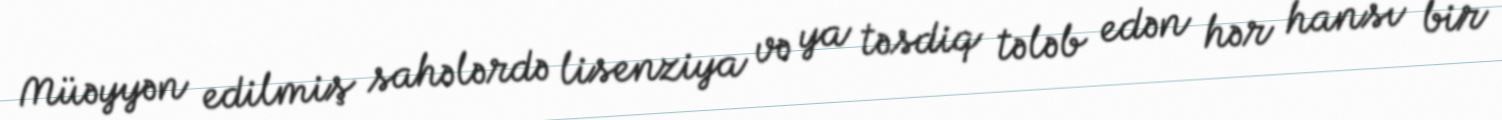
Müəyyən edilmiş sahələrdə lisenziya və ya təsdiq tələb edən hər hansı bir